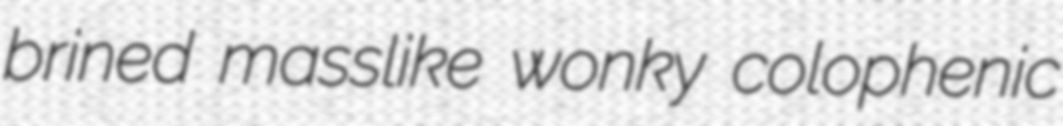
brined masslike wonky colophenic